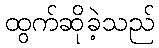
ထွက်ဆိုခဲ့သည်